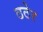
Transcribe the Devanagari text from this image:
ठठेर